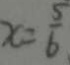
x = \frac { 5 } { 6 }